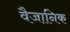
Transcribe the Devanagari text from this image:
वैजानिक